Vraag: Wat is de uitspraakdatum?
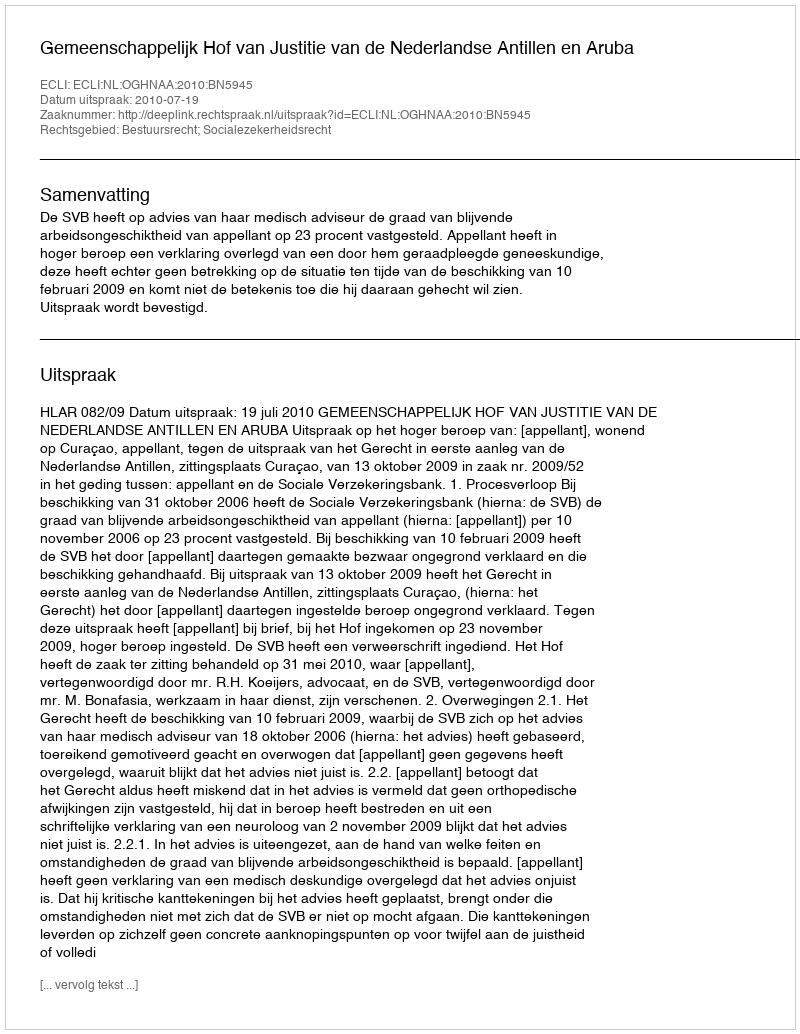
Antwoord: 2010-07-19